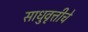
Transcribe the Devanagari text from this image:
साधुवृत्तीचे